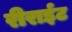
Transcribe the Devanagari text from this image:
रीराईट